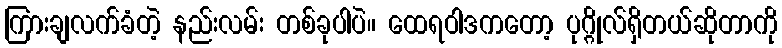
ကြားချလက်ခံတဲ့ နည်းလမ်း တစ်ခုပါပဲ။ ထေရဝါဒကတော့ ပုဂ္ဂိုလ်ရှိတယ်ဆိုတာကို